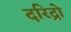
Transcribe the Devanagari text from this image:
दरिद्रो